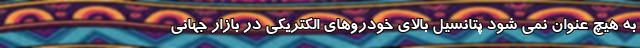
به هیچ عنوان نمی شود پتانسیل بالای خودروهای الکتریکی در بازار جهانی